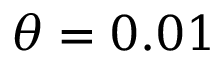
\theta = 0 . 0 1